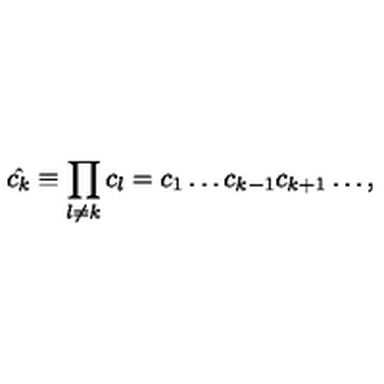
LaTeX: \hat { c _ { k } } \equiv \prod _ { l \neq k } c _ { l } = c _ { 1 } \ldots c _ { k - 1 } c _ { k + 1 } \ldots ,